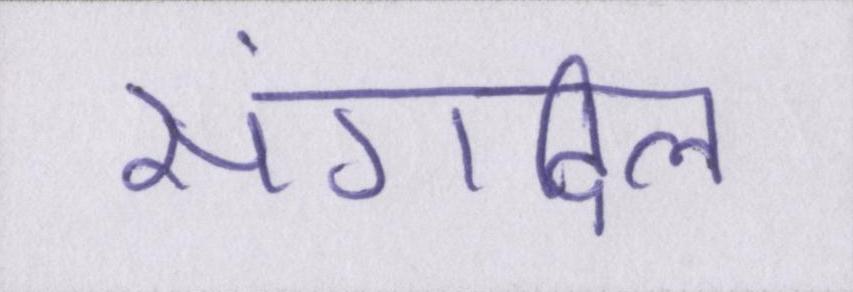
संगदिल